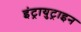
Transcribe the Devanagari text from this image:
इंट्रायुट्राइन